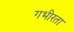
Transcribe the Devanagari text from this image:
गभीरता